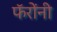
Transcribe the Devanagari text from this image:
फॅरोंनी